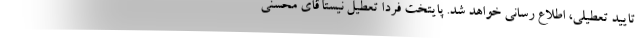
تایید تعطیلی، اطلاع رسانی خواهد شد. پایتخت فردا تعطیل نیستآقای محسنی